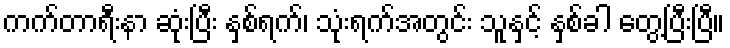
ကက်တာရီးနာ ဆုံးပြီး နှစ်ရက်၊ သုံးရက်အတွင်း သူနှင့် နှစ်ခါ တွေ့ပြီးပြီ။